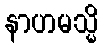
နာဟမသ္မိ